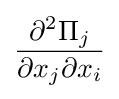
{\frac {\partial ^{2}\Pi _{j}}{\partial x_{j}\partial x_{i}}}